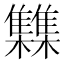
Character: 𮦂